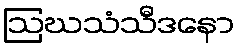
ဩဃသံသီဒနော